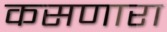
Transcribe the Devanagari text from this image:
कसणारा